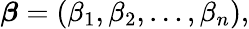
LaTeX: {\boldsymbol{\beta}}=(\beta_{1},\beta_{2},\dots,\beta_{n}),